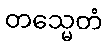
တသ္မေတံ